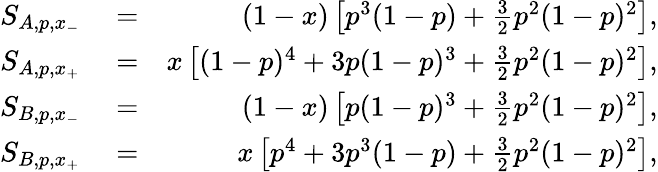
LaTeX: \begin{array}{rlr}{S_{A,p,x_{-}}}&{{}=}&{(1-x)\left[p^{3}(1-p)+\frac{3}{2}p^{2}(1-p)^{2}\right],}\\ {S_{A,p,x_{+}}}&{{}=}&{x\left[(1-p)^{4}+3p(1-p)^{3}+\frac{3}{2}p^{2}(1-p)^{2}\right],}\\ {S_{B,p,x_{-}}}&{{}=}&{(1-x)\left[p(1-p)^{3}+\frac{3}{2}p^{2}(1-p)^{2}\right],}\\ {S_{B,p,x_{+}}}&{{}=}&{x\left[p^{4}+3p^{3}(1-p)+\frac{3}{2}p^{2}(1-p)^{2}\right],}\end{array}